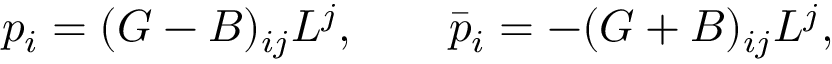
p _ { i } = ( G - B ) _ { i j } L ^ { j } , \qquad \bar { p } _ { i } = - ( G + B ) _ { i j } L ^ { j } ,